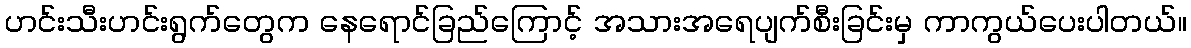
ဟင်းသီးဟင်းရွက်တွေက နေရောင်ခြည်ကြောင့် အသားအရေပျက်စီးခြင်းမှ ကာကွယ်ပေးပါတယ်။